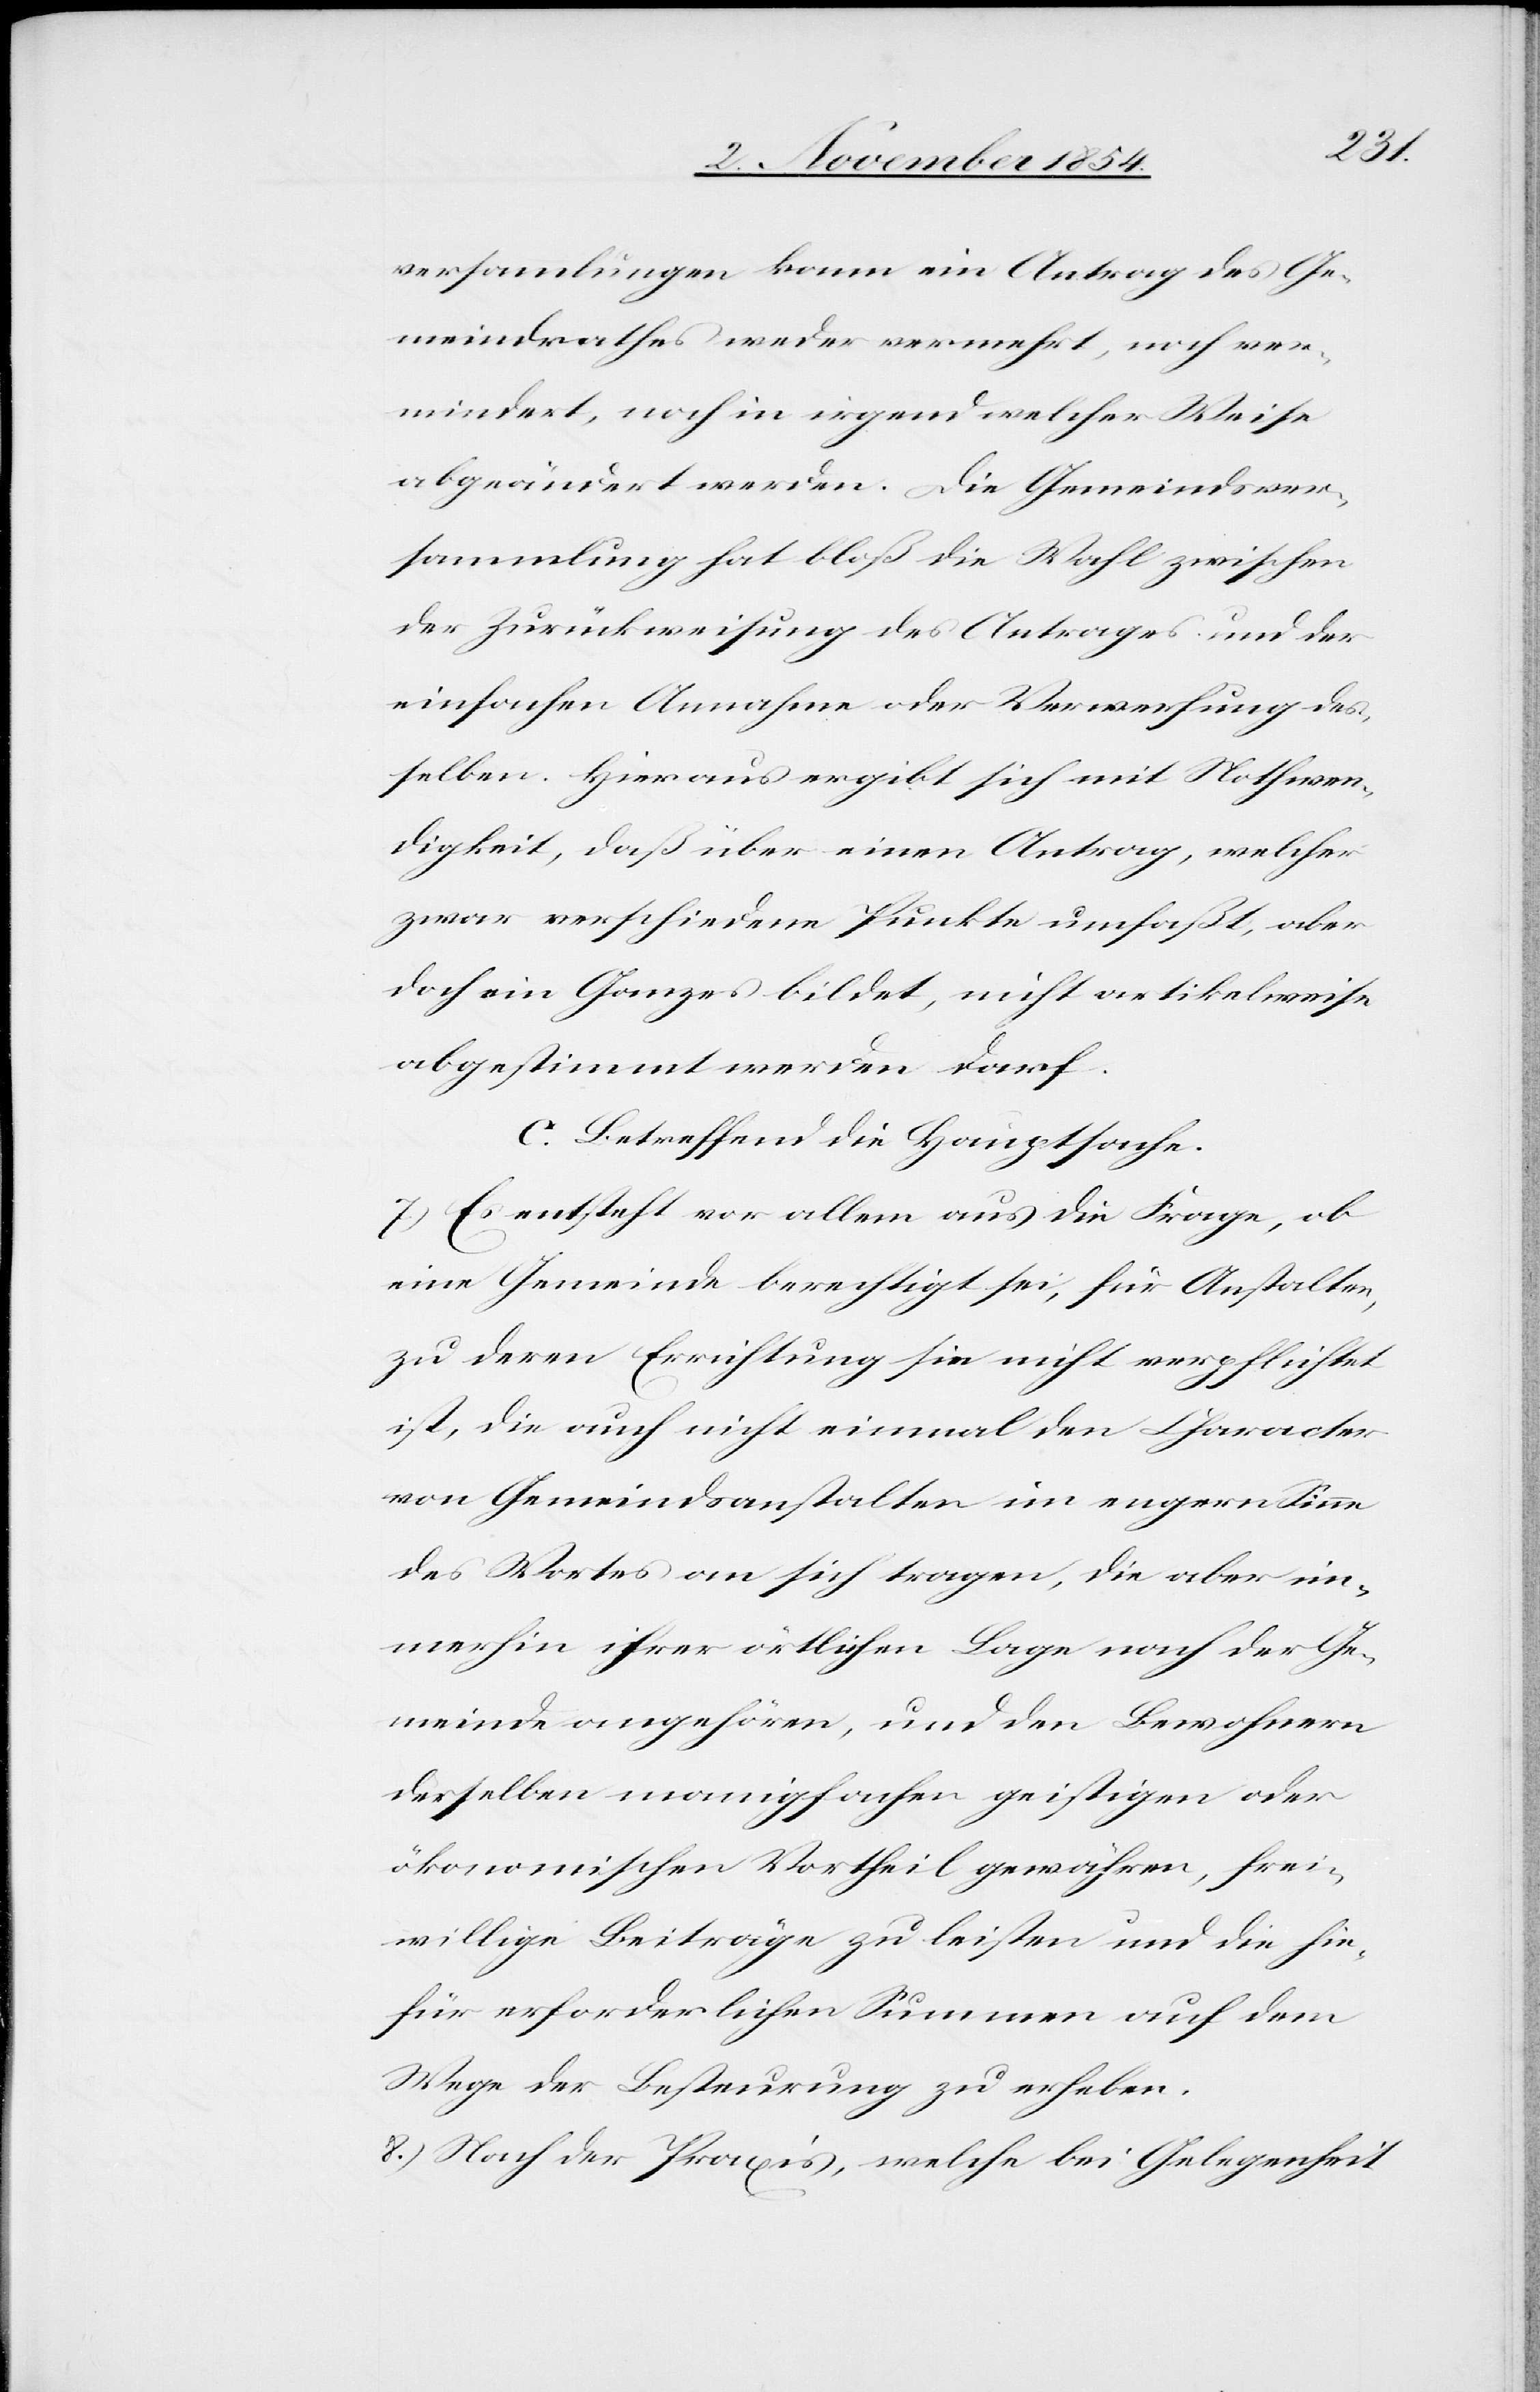
versammlungen kann ein Antrag des Ge¬
meindrathes weder vermehrt, noch ver¬
mindert, noch in irgend welcher Weise
abgeändert werden. Die Gemeindsver¬
sammlung hat bloß die Wahl zwischen
der Zurückweisung des Antrages und der
einfachen Annahme oder Verwerfung des¬
selben. Hieraus ergibt sich mit Nothwen¬
digkeit, daß über einen Antrag, welcher
zwar verschiedene Punkte umfaßt, aber
doch ein Ganzes bildet, nicht artikelweise
abgestimmt werden darf.
C. Betreffend die Hauptsache.
7.) Es entsteht vor allem aus die Frage, ob
eine Gemeinde berechtigt sei, für Anstalten,
zu deren Errichtung sie nicht verpflichtet
ist, die auch nicht einmal den Character
von Gemeindsanstalten im engern Sinne
des Wortes an sich tragen, die aber im¬
merhin ihrer örtlichen Lage nach der Ge¬
meinde angehören, und den Bewohnern
derselben mannigfachen geistigen oder
ökonomischen Vortheil gewähren, frei¬
willige Beiträge zu leisten und die hie¬
für erforderlichen Summen auf dem
Wege der Besteurung zu erheben.
8.) Nach der Praxis, welche bei Gelegenheit